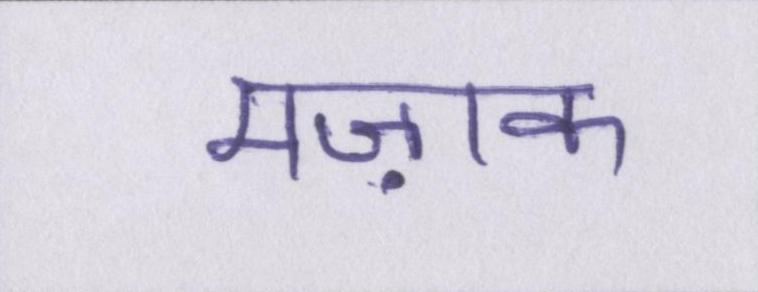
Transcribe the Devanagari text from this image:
मज़ाक